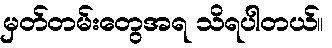
မှတ်တမ်းတွေအရ သိရပါတယ်။